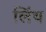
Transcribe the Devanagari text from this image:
लिंथ